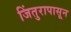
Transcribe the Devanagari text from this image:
जिंतुरापासून